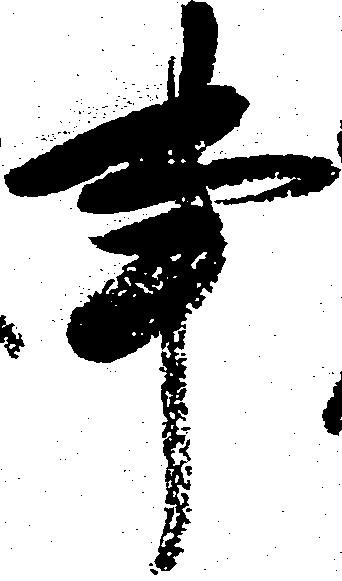
事